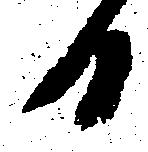
日